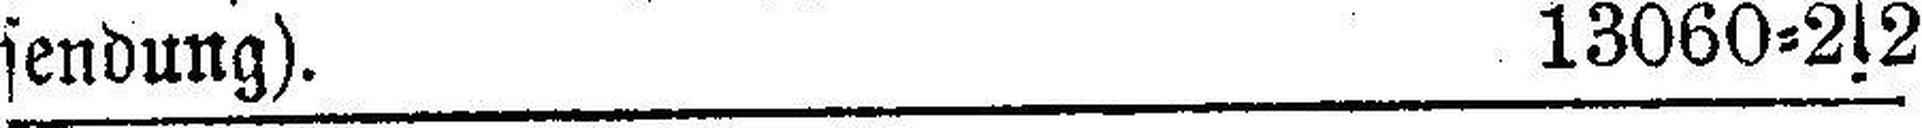
sendung). 13060=2s2